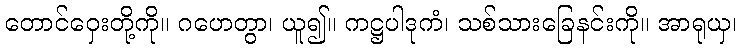
တောင်ဝှေးတို့ကို။ ဂဟေတွာ၊ ယူ၍။ ကဋ္ဌပါဒုကံ၊ သစ်သားခြေနင်းကို။ အာရုယှ၊